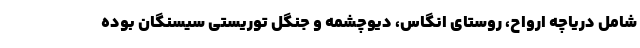
شامل دریاچه ارواح، روستای انگاس، دیوچشمه و جنگل توریستی سیسنگان بوده